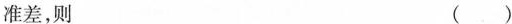
准差，则()